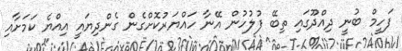
ފަހީމް ބުނީ ދިއްދޫގައި ތިބޭ ފުލުހުން އޭނާ ހައްޔަރުކޮށްގެން ގެންދިޔައީ އިއްޔެ ކަމަށާއި